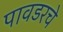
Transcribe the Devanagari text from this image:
पावडरचे